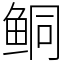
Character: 鲖